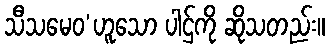
သီသမေဝ’ဟူသော ပါဌ်ကို ဆိုသတည်း။